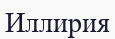
Иллирия